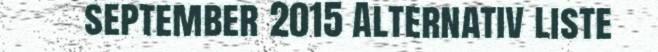
september 2015 Alternativ liste